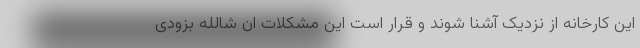
این کارخانه از نزدیک آشنا شوند و قرار است این مشکلات ان شالله بزودی